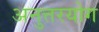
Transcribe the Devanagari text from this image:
अनुत्तरयोग